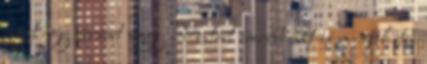
most egy versért vagy idézetért cserébe azt is megteheti.